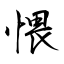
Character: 愄